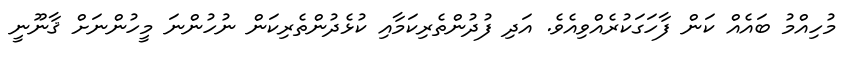
މުހިއްމު ބައެއް ކަން ފާހަގަކުރެއްވިއެވެ. އަދި ފުދުންތެރިކަމާއި ކުޅެދުންތެރިކަން ނުހުންނަ މީހުންނަށް ޤާނޫނީ